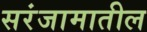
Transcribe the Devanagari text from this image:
सरंजामातील